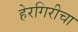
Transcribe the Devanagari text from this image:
हेरगिरीचा